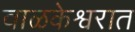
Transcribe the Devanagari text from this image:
वाळकेश्वरात